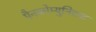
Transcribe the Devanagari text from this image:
मैनकोम्युनिटाट